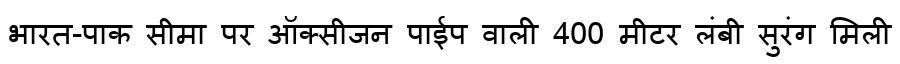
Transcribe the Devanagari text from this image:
भारत-पाक सीमा पर ऑक्सीजन पाईप वाली 400 मीटर लंबी सुरंग मिली